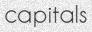
capitals